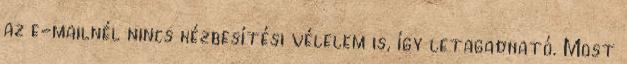
az e-mailnél nincs kézbesítési vélelem is, így letagadható. Most